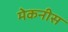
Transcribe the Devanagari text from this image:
मेकनीस